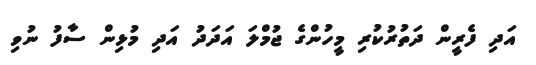
އަދި ފެރީން ދަތުރުކުރި މީހުންގެ ޖުމްލަ އަދަދު އަދި މުޅިން ސާފު ނުވި